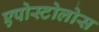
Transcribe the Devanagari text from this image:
एपोस्टोलोस